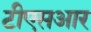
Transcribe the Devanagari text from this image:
टीएसआर